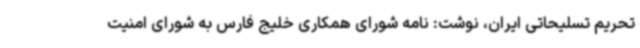
تحریم تسلیحاتی ایران، نوشت: نامه شورای همکاری خلیج فارس به شورای امنیت